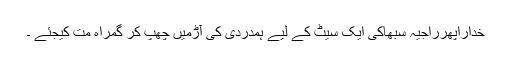
خداراپھرراجیہ سبھاکی ایک سیٹ کے لیے ہمدردی کی آڑمیں چھپ کر گمراہ مت کیجئے ۔